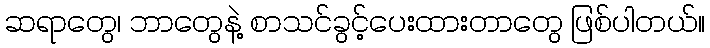
ဆရာတွေ၊ ဘာတွေနဲ့ စာသင်ခွင့်ပေးထားတာတွေ ဖြစ်ပါတယ်။